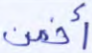
أفمن